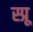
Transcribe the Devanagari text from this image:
स्प्रू